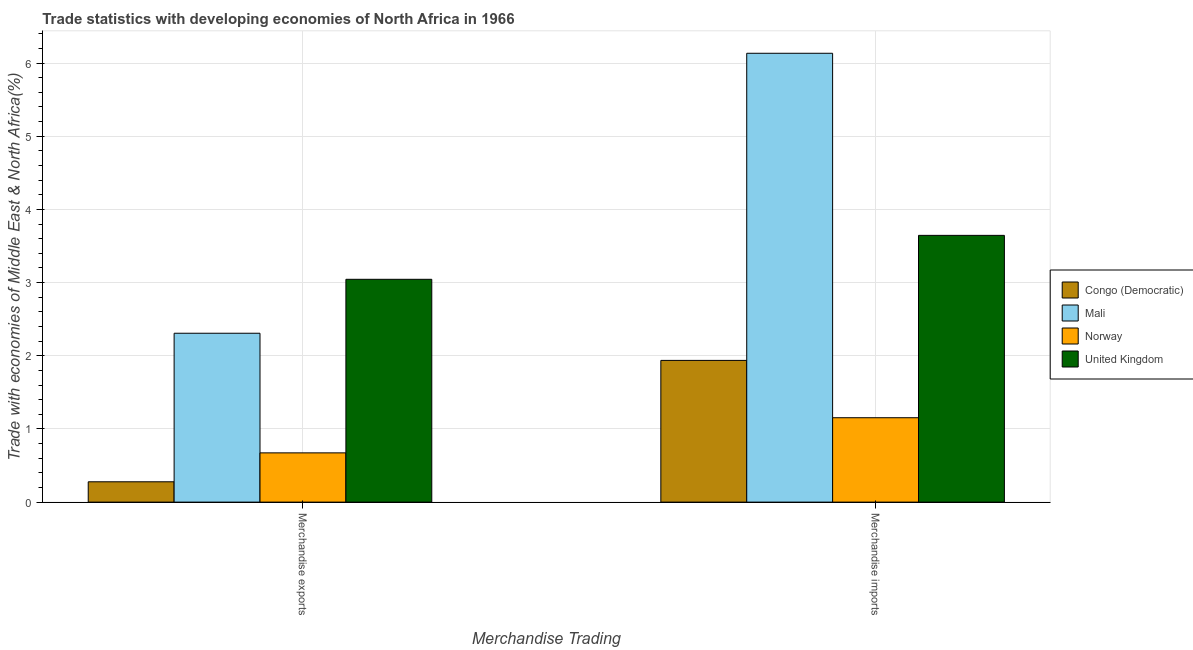
| Merchandise Trading | Congo (Democratic) | Mali | Norway | United Kingdom |
 | --- | --- | --- | --- | --- |
 | Merchandise exports | 0.278 | 2.31 | 0.673 | 3.04 |
 | Merchandise imports | 1.94 | 6.13 | 1.15 | 3.65 |